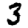
Digit: 3